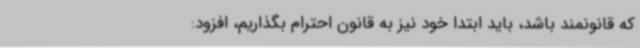
که قانونمند باشد، باید ابتدا خود نیز به قانون احترام بگذاریم، افزود: